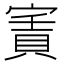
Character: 𡪓